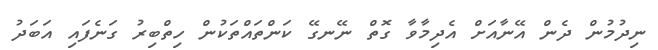
ނިދުމުން ދެން އޭނާއަށް އެދިމާވާ ގޮތް ނޭނގޭ ކަންތައްތަކުން ހިތްބިރު ގަނެފައި އަބަދު